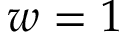
w = 1